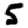
Digit: 5